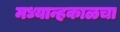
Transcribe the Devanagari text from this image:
मध्यान्हकाळचा